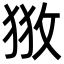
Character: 𢼥